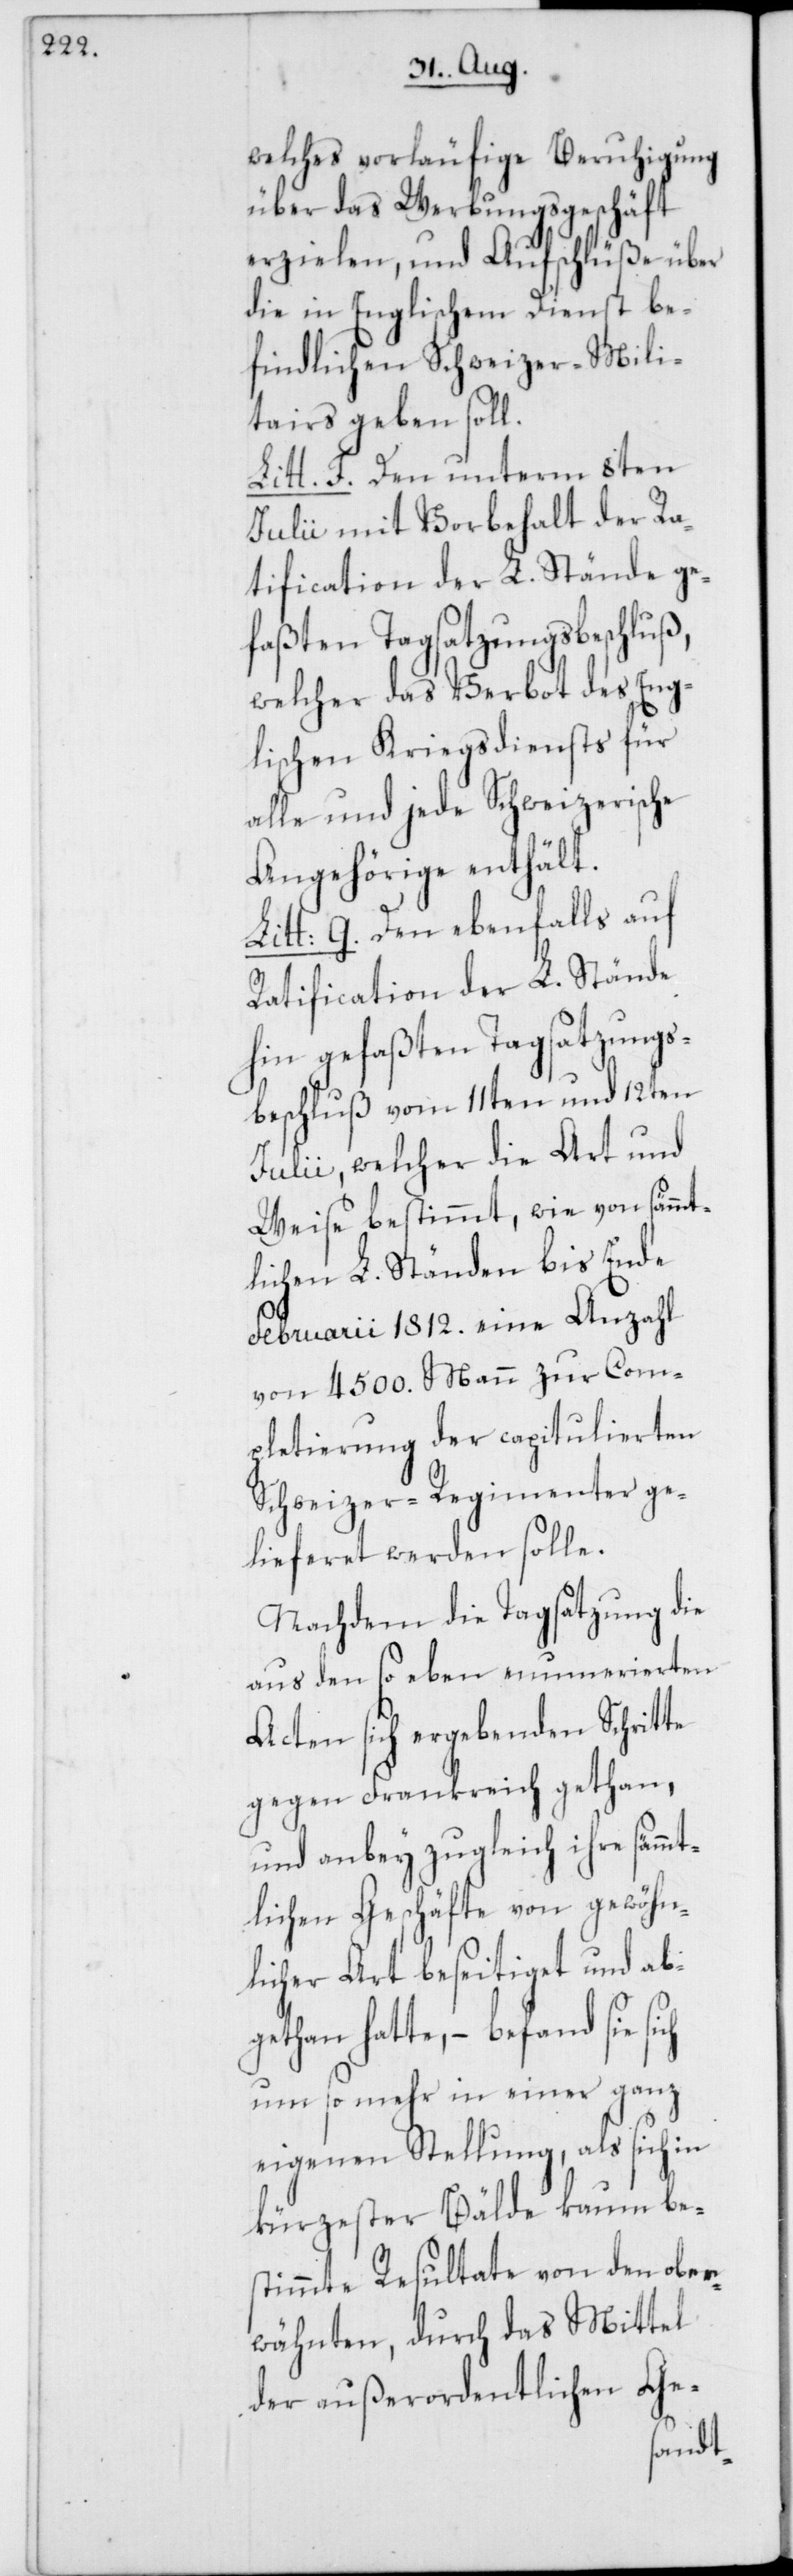
welches vorläufige Beruhigung
über das Werbungsgeschäft
erzielen, und Aufschlüße über
die in Englischem Dienst be¬
findlichen Schweizer Mili¬
tairs geben soll.
Litt. F. Den unterm 8ten
Julii mit Vorbehalt der Ra¬
tification der L. Stände ge¬
faßten Tagsatzungsbeschluß,
welcher das Verbot des Eng¬
lischen Kriegsdiensts für
alle und jede Schweizerische
Angehörige enthält.
Litt: G. Den ebenfalls auf
Ratification der L. Stände
hin gefaßten Tagsatzungs¬
beschluß vom 11ten und 12ten
Julii, welcher die Art und
Weise bestimmt, wie von sämmt¬
lichen L. Ständen bis Ende
Februarii 1812. eine Anzahl
von 4500. Mann zur Com¬
pletierung der capitulierten
Schweizer-Regimenter ge¬
lieferet werden solle.
Nachdem die Tagsatzung die
aus den so eben nummerierten
Acten sich ergebenden Schritte
gegen Frankreich gethan,
und anbey zugleich ihre sämmt¬
lichen Geschäfte von gewöhn¬
licher Art beseitiget und ab¬
gethan hatte, – befand sie sich
um so mehr in einer ganz
eigenen Stellung, als sich in
kürzester Bälde kaum be¬
stimmte Resultate von den ober¬
wähnten, durch das Mittel
der außerordentlichen Ge-